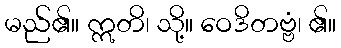
မည်၏။ ဣတိ၊ သို့။ ဝေဒိတဗ္ဗံ၊ ၏။